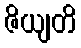
ဇိယျတိ